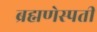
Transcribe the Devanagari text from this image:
ब्रह्मणेस्पती